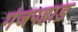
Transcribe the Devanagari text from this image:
गंजपहाड़